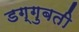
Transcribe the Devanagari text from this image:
डग्गुबती